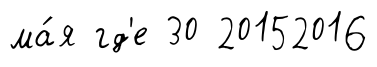
ма́я гд'е 30 20152016